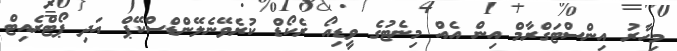
މިހާރު އިންސްޓަގްރާމް އިން އެއް މިނެޓުގެ ވީޑިއޯ ރެކޯޑް ކުރެވޭނެލޭންޑްސްކޭޕް އަދި ޕޯޓްރެއިޓް